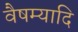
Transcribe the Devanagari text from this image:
वैषम्यादि